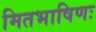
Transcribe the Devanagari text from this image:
मितभाषिणः